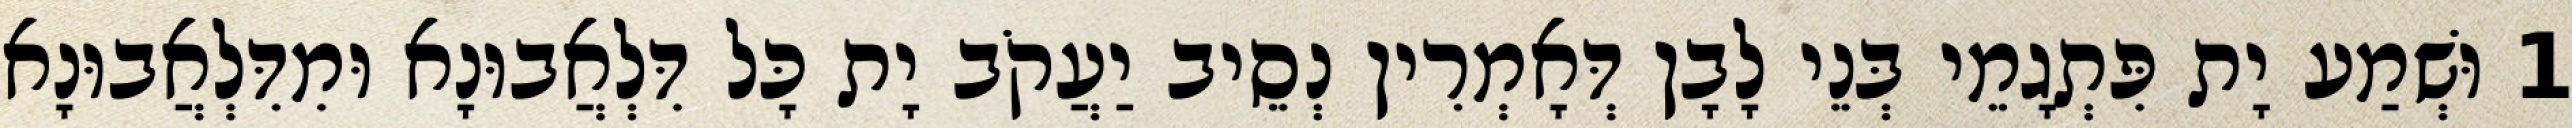
1 וּשְׁמַע יָת פִּתְגָמֵי בְּנֵי לָבָן דְּאָמְרִין נְסֵיב יַעֲקֹב יָת כָּל דִּלְאֲבוּנָא וּמִדִּלְאֲבוּנָא